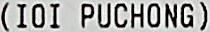
(IOI PUCHONG)